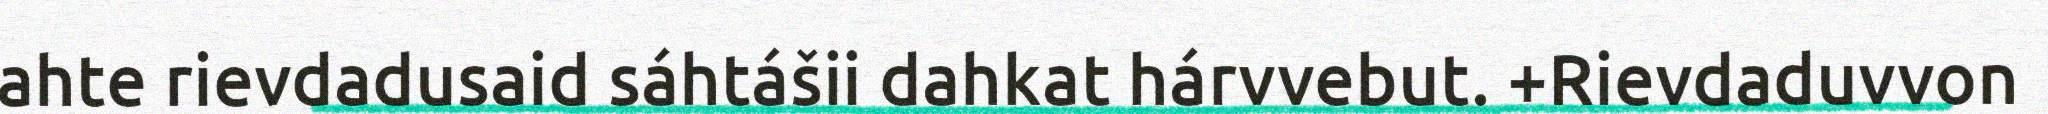
ahte rievdadusaid sáhtášii dahkat hárvvebut. +Rievdaduvvon